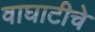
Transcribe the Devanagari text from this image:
वाघाटीचे